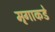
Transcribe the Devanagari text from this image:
मृगाकडे